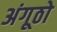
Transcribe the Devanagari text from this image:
अंगूठो